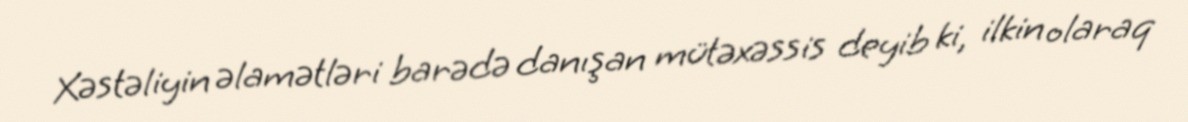
Xəstəliyin əlamətləri barədə danışan mütəxəssis deyib ki, ilkin olaraq